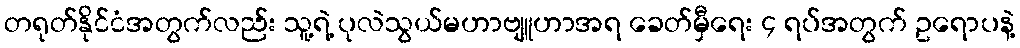
တရုတ်နိုင်ငံအတွက်လည်း သူ့ရဲ့ ပုလဲသွယ်မဟာဗျူဟာအရ ခေတ်မှီရေး ၄ ရပ်အတွက် ဥရောပနဲ့